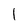
Character: l